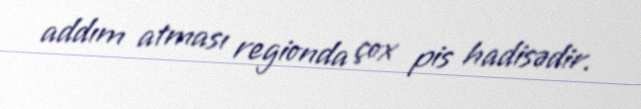
addım atması regionda çox pis hadisədir.